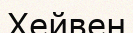
Хейвен